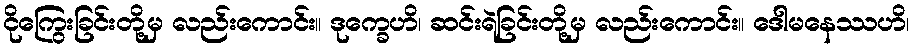
ငိုကြွေးခြင်းတို့မှ လည်းကောင်း။ ဒုက္ခေဟိ၊ ဆင်းရဲခြင်းတို့မှ လည်းကောင်း။ ဒေါမနေဿဟိ၊